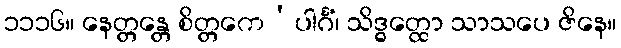
၁၁၁၆။ နေတ္တန္တေ စိတ္တကေ’ပါင်္ဂံ၊ သိဒ္ဓတ္ထော သာသပေ ဇိနေ။